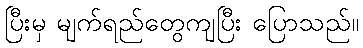
ပြီးမှ မျက်ရည်တွေကျပြီး ပြောသည်။